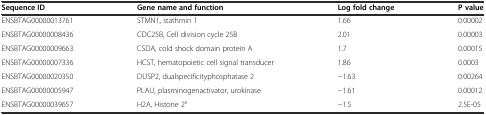
| Sequence ID | Gene name and function | Log fold change | P value |
 | --- | --- | --- | --- |
 | ENSBTAG00000013761 | STMN1, stathmin 1 | 1.66 | 0.00002 |
 | ENSBTAG00000008436 | CDC25B, Cell division cycle 25B | 2.01 | 0.00003 |
 | ENSBTAG00000009663 | CSDA, cold shock domain protein A | 1.7 | 0.00015 |
 | ENSBTAG00000007336 | HCST, hematopoietic cell signal transducer | 1.86 | 0.0003 |
 | ENSBTAG00000020350 | DUSP2, dualspecificityphosphatase 2 | −1.63 | 0.00264 |
 | ENSBTAG00000005947 | PLAU, plasminogenactivator, urokinase | −1.61 | 0.00012 |
 | ENSBTAG00000039657 | H2A, Histone 2° | −1.5 | 2.5E-05 |